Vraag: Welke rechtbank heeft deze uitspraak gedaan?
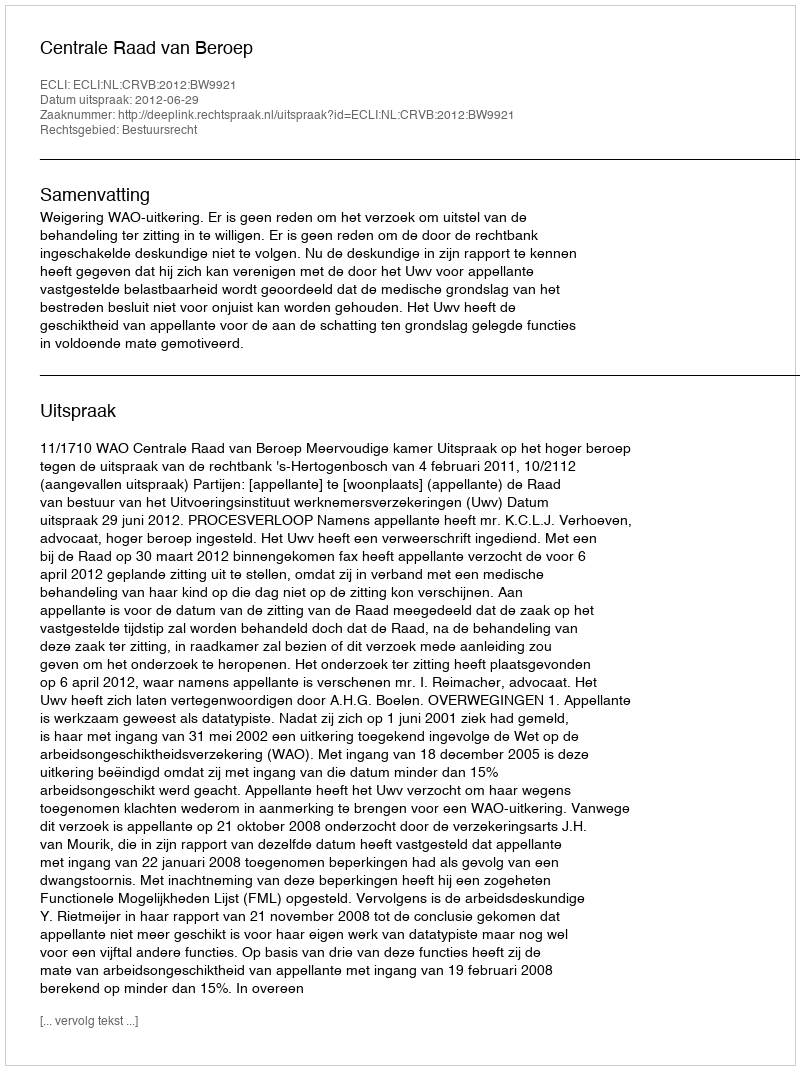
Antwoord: Centrale Raad van Beroep